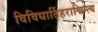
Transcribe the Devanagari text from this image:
विविधार्तिहराचिन्त्य